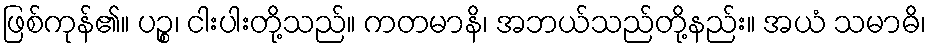
ဖြစ်ကုန်၏။ ပဉ္စ၊ ငါးပါးတို့သည်။ ကတမာနိ၊ အဘယ်သည်တို့နည်း။ အယံ သမာဓိ၊